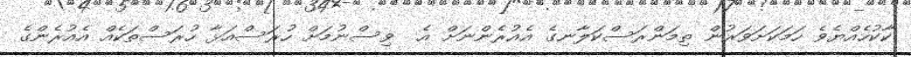
ކާކުހެއްޔެވެ ހަމަކަށަވަރުން ތިމަންރަސްކަލާނގެ އެއުރެންނަށް އެ  ވިސްނުމަށް ހުރަސްއަޅާ ހުރަސްތަކެއް އެއުރެންގެ